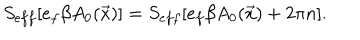
S _ { e f f } [ e _ { f } \beta A _ { 0 } ( \vec { x } ) ] = S _ { e f f } [ e _ { f } \beta A _ { 0 } ( \vec { x } ) + 2 \pi n ] .